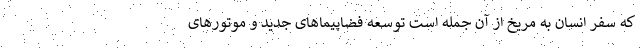
که سفر انسان به مریخ از آن جمله است توسعه فضاپیماهای جدید و موتورهای